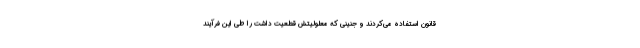
قانون استفاده می‌کردند و جنینی که معلولیتش قطعیت داشت را طی این فرآیند